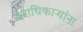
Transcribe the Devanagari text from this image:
सेनाधिकाऱ्यांना